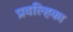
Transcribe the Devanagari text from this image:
प्रवल्हिका